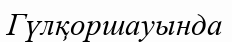
Гүлқоршауында